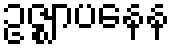
ဥဇ္ဈာပနေန